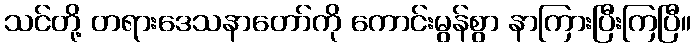
သင်တို့ တရားဒေသနာတော်ကို ကောင်းမွန်စွာ နာကြားပြီးကြပြီ။